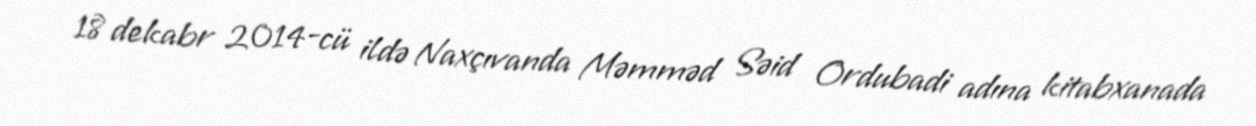
18 dekabr 2014-cü ildə Naxçıvanda Məmməd Səid Ordubadi adına kitabxanada